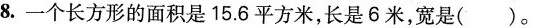
8.一个长方形的面积是15.6平方米，长是6米，宽是( )。